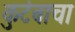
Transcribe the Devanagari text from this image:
कुटंबाचा